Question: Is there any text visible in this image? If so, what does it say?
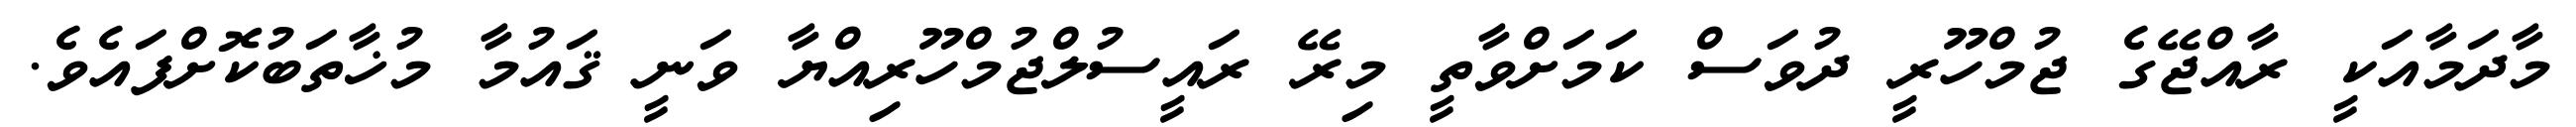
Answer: މާދަމާއަކީ ރާއްޖޭގެ ޖުމްހޫރީ ދުވަސް ކަމަށްވާތީ މިރޭ ރައީސުލްޖުމްހޫރިއްޔާ ވަނީ ޤައުމާ މުޚާތަބުކޮށްފައެވެ.